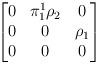
LaTeX: \begin{align*}\begin{bmatrix}0 & \pi_{1}^{1}\rho_{2} & 0 \\0 & 0 & \rho_{1} \\0 & 0 & 0\end{bmatrix}\end{align*}